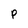
Character: P